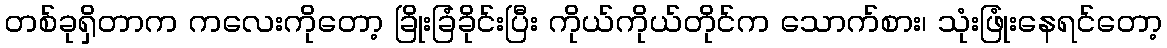
တစ်ခုရှိတာက ကလေးကိုတော့ ခြိုးခြံခိုင်းပြီး ကိုယ်ကိုယ်တိုင်က သောက်စား၊ သုံးဖြုံးနေရင်တော့